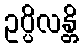
ဥပ္ပိလန္တိ